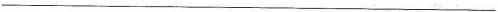
___